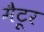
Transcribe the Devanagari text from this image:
मैटूर